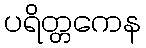
ပရိတ္တကေန